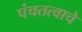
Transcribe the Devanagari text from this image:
पंचतत्वाचे